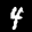
Label: 4